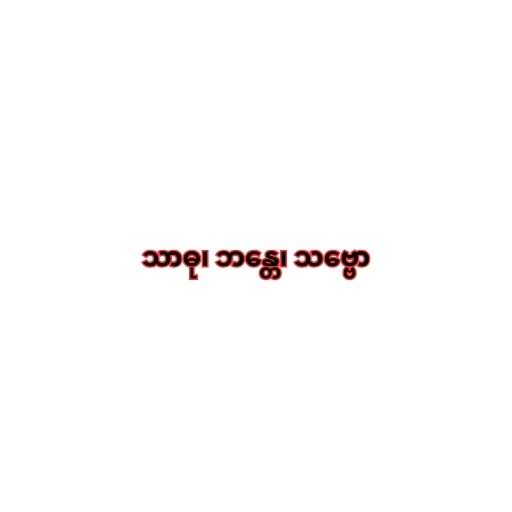
သာဓု၊ ဘန္တေ၊ သဗ္ဗော